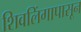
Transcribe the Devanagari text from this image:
शिवलिंगापासून